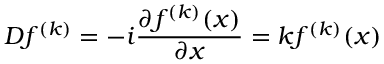
D f ^ { ( k ) } = - i \frac { \partial f ^ { ( k ) } ( x ) } { \partial x } = k f ^ { ( k ) } ( x )